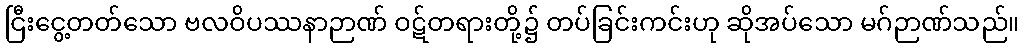
ငြီးငွေ့တတ်သော ဗလဝိပဿနာဉာဏ် ဝဋ်တရားတို့၌ တပ်ခြင်းကင်းဟု ဆိုအပ်သော မဂ်ဉာဏ်သည်။